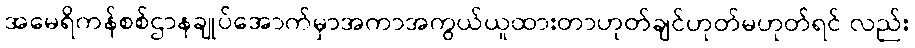
အမေရိကန်စစ်ဌာနချုပ်အောက်မှာအကာအကွယ်ယူထားတာဟုတ်ချင်ဟုတ်မဟုတ်ရင် လည်း